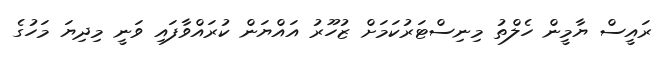
ރައީސް ޔާމީން ހެލްތު މިނިސްޓަރުކަމަށް ޒުހޫރު އައްޔަން ކުރައްވާފައި ވަނީ މިދިޔަ މަހުގެ